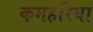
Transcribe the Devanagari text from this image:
कमहरिया